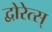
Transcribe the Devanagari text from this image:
द्वोरेत्स्